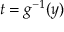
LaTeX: t = g ^ { - 1 } ( y )